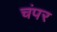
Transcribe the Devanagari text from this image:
चंपर